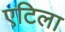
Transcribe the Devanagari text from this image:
एटिला